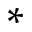
*